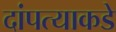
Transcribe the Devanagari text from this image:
दांपत्याकडे